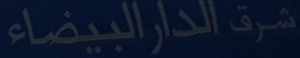
شرق-الدار-البيضاء